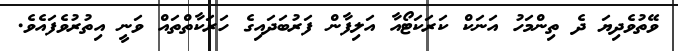
ވޭތުވެދިިޔަ ދެ ތިންމަހު އަނަކް ކަރަކަޓޯއާ އަލިފާން ފަރުބަދަައިގެ ހަރަކާތްތައް ވަނީ އިތުރުވެފައެވެ.